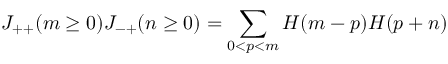
J _ { + + } ( m \ge 0 ) J _ { - + } ( n \ge 0 ) = \sum _ { 0 < p < m } H ( m - p ) H ( p + n )